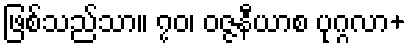
ဖြစ်သည်သာ။ ၇၀၊ ဝဇ္ဇနီယာစ ပုဂ္ဂလာ+